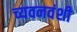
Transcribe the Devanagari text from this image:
च्यवनवंशी